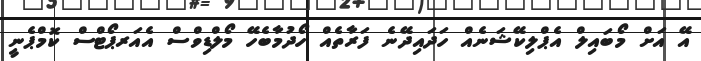
އޭ އަށް މޯބައިލް އެޕްލިކޭޝަނެއް ހަދައިދޭނެ ފަރާތެއް ހޯދުމާބެހޭ މޯލްޑިވްސް އެއަރޕޯޓްސް ކޮމްޕެނީ